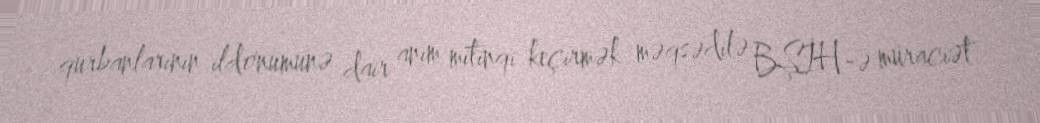
qurbanlarının ildönümünə dair anım mitinqi keçirmək məqsədilə BŞİH-ə müraciət